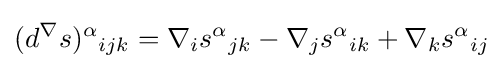
(d^{\nabla }s)^{\alpha }{}_{ijk}=\nabla _{i}s^{\alpha }{}_{jk}-\nabla _{j}s^{\alpha }{}_{ik}+\nabla _{k}s^{\alpha }{}_{ij}